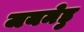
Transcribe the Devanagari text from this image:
जयमेडु